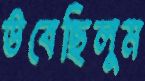
উবেছিলুম